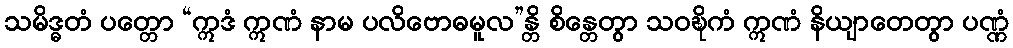
သမိဒ္ဓတံ ပတ္တော “ဣဒံ ဣဏံ နာမ ပလိဗောဓမူလ”န္တိ စိန္တေတွာ သဝဍ္ဎိကံ ဣဏံ နိယျာတေတွာ ပဏ္ဏံ